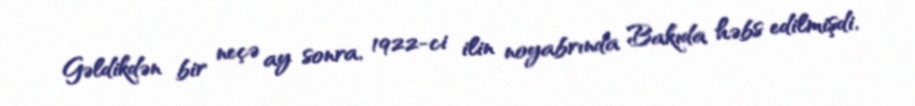
Gəldikdən bir neçə ay sonra, 1922-ci ilin noyabrında Bakıda həbs edilmişdi,